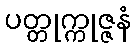
ပတ္တုက္ကုဇ္ဇနံ